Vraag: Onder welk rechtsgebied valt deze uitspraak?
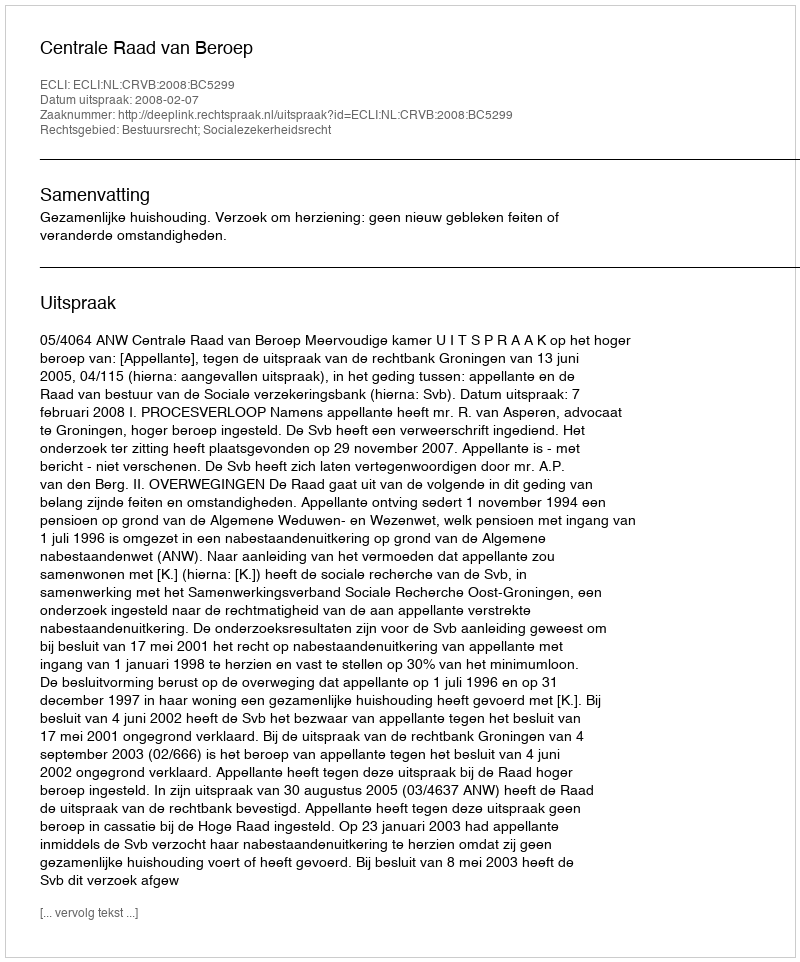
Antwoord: Bestuursrecht; Socialezekerheidsrecht